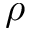
\rho